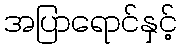
အပြာရောင်နှင့်